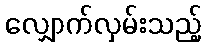
လျှောက်လှမ်းသည့်